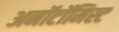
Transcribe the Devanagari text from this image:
अनॉटॉमिस्ट